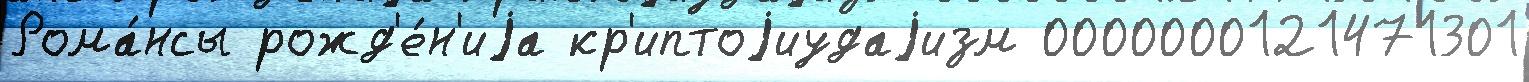
Рома́нсы рожд'е́н'иjа кр'иптоjиудаjизм 0000000121471301